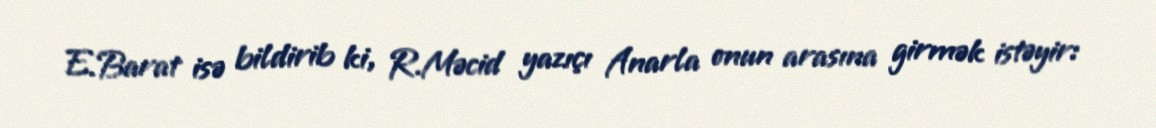
E.Barat isə bildirib ki, R.Məcid yazıçı Anarla onun arasına girmək istəyir: